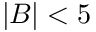
| B | < 5